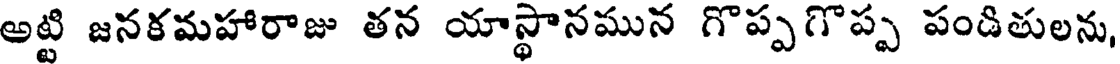
అట్టి జనకమహారాజు తన యాస్థానమున గొప్పగొప్ప పండితులను